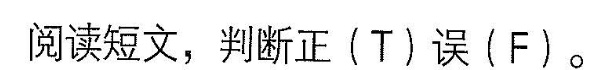
阅读短文,判断正(T)误(F)..